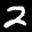
Label: 2